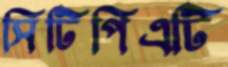
সিটিপিএটি